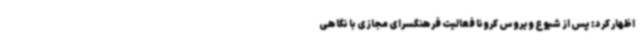
اظهار کرد: پس از شیوع ویروس کرونا فعالیت فرهنگسرای مجازی با نگاهی